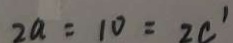
2 a = 1 0 = 2 c ^ { \prime }